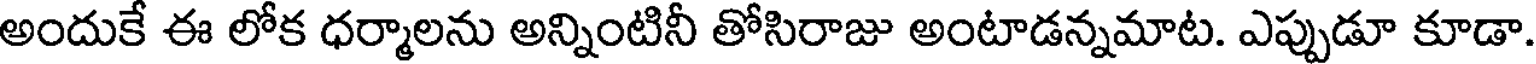
అందుకే ఈ లోక ధర్మాలను అన్నింటినీ తోసిరాజు అంటాడన్నమాట. ఎప్పుడూ కూడా.